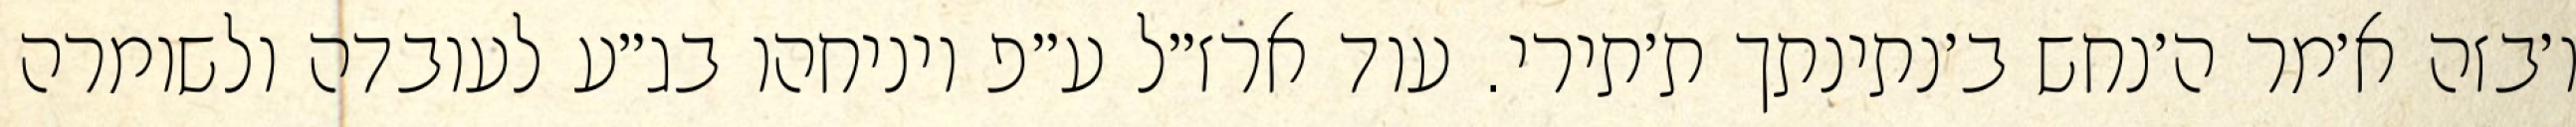
ו׳בזה א׳מר ה׳נחש ב׳נתינתך ת׳תירי. עוד ארז״ל ע״פ ויניחהו בג״ע לעובדה ולשומרה